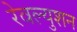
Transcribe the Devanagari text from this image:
रेवल्युशन